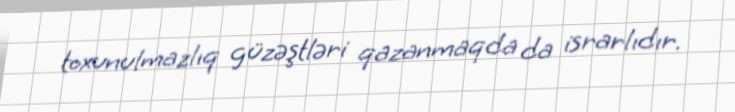
toxunulmazlıq güzəştləri qazanmaqda da israrlıdır.